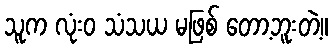
သူက လုံးဝ သံသယ မဖြစ် တော့ဘူးတဲ့။